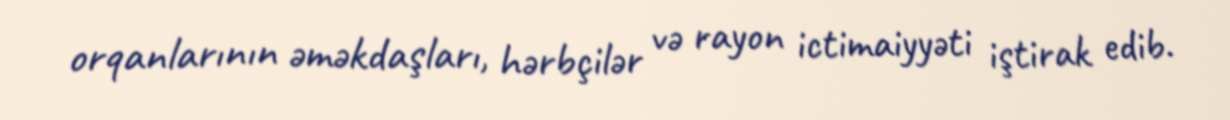
orqanlarının əməkdaşları, hərbçilər və rayon ictimaiyyəti iştirak edib.